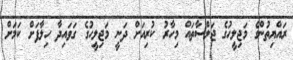
ރައްޔިތުންގެ މަޖިލީހުގެ ޖަލްސާތައް މިހާރު ކުރިއަށް ދަނީ މަޖިލީހުގެ ގަވައިދާ ހިލާފަށް ކަމަށް